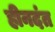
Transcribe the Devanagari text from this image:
हीनदंत